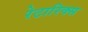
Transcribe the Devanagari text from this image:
रेटारिक्स